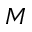
M